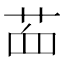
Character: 𦭾